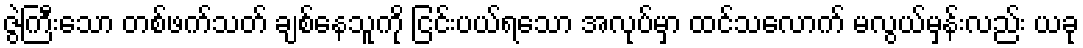
ဇွဲကြီးသော တစ်ဖက်သတ် ချစ်နေသူကို ငြင်းပယ်ရသော အလုပ်မှာ ထင်သလောက် မလွယ်မှန်းလည်း ယခု